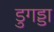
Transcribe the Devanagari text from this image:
डुगड्डा